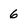
Character: 6